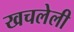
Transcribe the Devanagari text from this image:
खचलेली